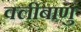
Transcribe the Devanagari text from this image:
क्लीबाणु